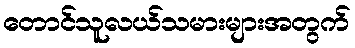
တောင်သူလယ်သမားများအတွက်